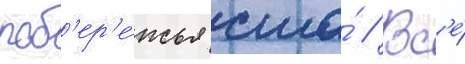
поб'ер'е́жья сша́ // Вс'е́